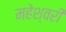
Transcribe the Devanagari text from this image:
महेश्‍वरी